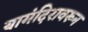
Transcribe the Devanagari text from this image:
यामंदिरावरून